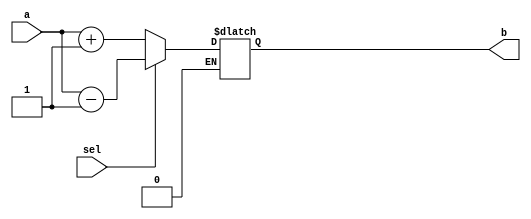
// Name: Yaohong Sabotinova 
//increment and decrement

module Incre_Decre(a,b,sel); 
output [7:0] b;
input [7:0] a; 
input sel;

reg [7:0] b;


always @(*)
begin 
  if (sel == 0) // sel =0 for increment
  begin 
    b = a + 1'b1;
  end
  else if(sel== 1)// sel = 1 for decrement 
  begin
    b = a - 1'b1;
  end
end

endmodule